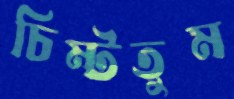
চিম্‌টতুম